system: You are a helpful assistant.
user:
Analyze the provided spectrum to determine if it is a **Carbon Star (C-type)**.

- **Key Visual Indicators of Carbon Star:**
    - **(Primary):** Strong molecular absorption from **C₂ (diatomic carbon) "Swan Bands."** This is the **defining feature** of a carbon star.
        - **(Key Bandheads):** Sharp absorption edges are visible at approximately $5635$ Å, $5165$ Å (the strongest band), and $4737$ Å.
        - **(Line Profile):** Creates a distinct **"saw-tooth"** pattern. The key morphology is a sharp, steep bandhead on the **red (long-wavelength) side**, which then gradually tapers off (i.e., flux recovers) towards the **blue (short-wavelength) side**. *(This is the direct opposite of the TiO bands seen in M-type stars)*.

    - **(Secondary):** Intense **CN (cyanogen)** molecular absorption bands.
        - **(Key Bandheads):** Located in the blue and violet regions of the spectrum (e.g., near $4215$ Å and $3883$ Å).
        - **(Morphology):** These bands are extremely broad and act as a "blanket," absorbing the vast majority of blue and violet light. This creates a characteristic **"cliff"** or **"steep drop-off"** in the spectrum's flux at short wavelengths.

    - **(Key Confirmation):** Strong **CH absorption band (G-band)**.
        - **(Key Bandhead):** Located around $4300$ Å. The contribution from CH molecules to this band is exceptionally strong.

    - **(Overall Spectrum):**
        - The continuum is severely "chopped up" by these deep molecular bands, especially C₂, rather than appearing as a smooth curve.
        - Due to the heavy CN and C₂ absorption in the blue-green, the vast majority of the star's flux is concentrated in the red part of the spectrum, giving the star its characteristic deep red color.

Think first, call **spectral_visualization_tool** if needed to examine features in detail, then provide your final answer. Your response must adhere to the following strict rules:
1.  **Overall Structure:** Your response must follow the format `<think>...</think> <tool_call>...</tool_call> (if a tool is used) <answer>...</answer>`.
2.  **Tool Usage Constraint:** You may only make **one** tool call per turn.
3.  **Final Answer Format:** In the `<answer>` tag, your conclusion must be inside a `\boxed{}` command (e.g., `\boxed{YES}`), followed by your justification.

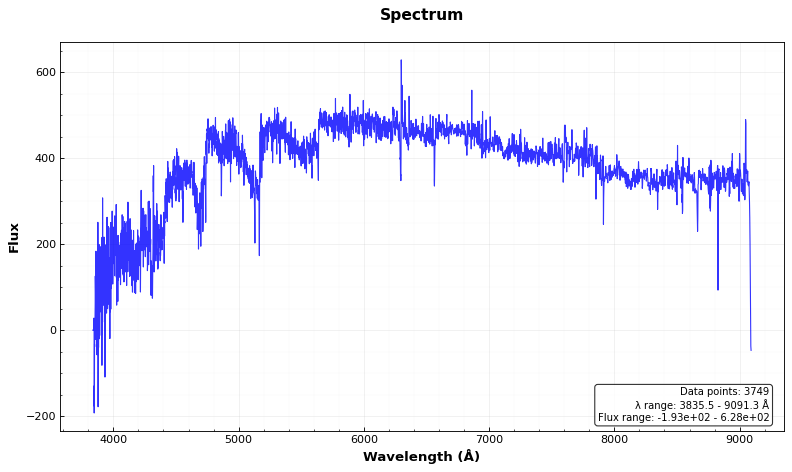
Answer: YES